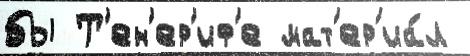
бы Т'ен'ер'иф'е мат'ер'иа́л